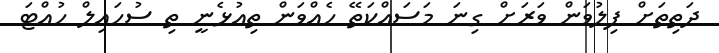
ދަތިތަށް ފިލުވަން ވަރަށް ގިނަ މަސައްކަތޭ ހެއްވަން ތިއުޅެނީ ތި ސުހައިލް ހުއްޓަ